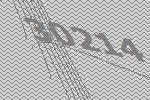
30214